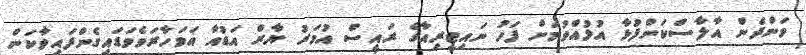
ވަންދެން އާލާސްކަންފުޅާ އުޅުއްވުމަށް ފަހު ނައިޖީރިއާގެ ރައީސް އުމަރު ޔާރް އަޑުއާ އަވަހާރަވެވަޑައިގެންފައިވާކަން